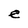
Character: e